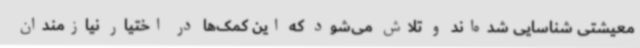
معیشتی شناسایی شده‌اند و تلاش می‌شود که این کمک‌ها در اختیار نیازمندان